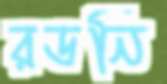
রডনি